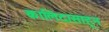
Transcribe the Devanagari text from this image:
कालिदासाहून